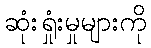
ဆုံးရှုံးမှုများကို